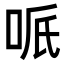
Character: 𠲐